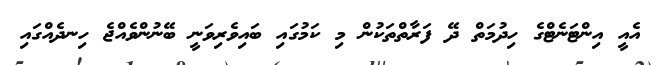
އެއީ އިންޓަނެޓްގެ ހިދުމަތް ދޭ ފަރާތްތަކުން މި ކަމުގައި ބައިވެރިވަނީ ބޭނުންވެއްޖެ ހިނދެއްގައި